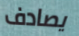
يصادف